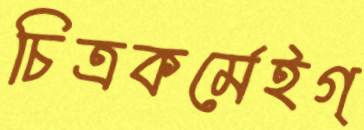
চিত্রকর্মেইগ্